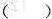
()